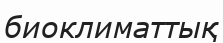
биоклиматтық